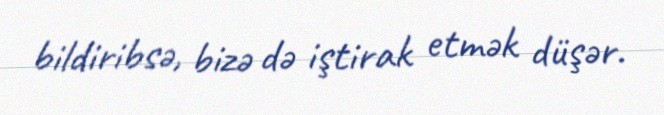
bildiribsə, bizə də iştirak etmək düşər.